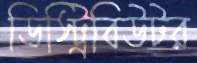
ডিস্ট্রিবিউটর